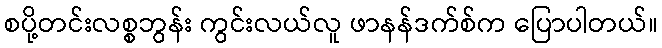
စပို့တင်းလစ္စဘွန်း ကွင်းလယ်လူ ဖာနန်ဒက်စ်က ပြောပါတယ်။